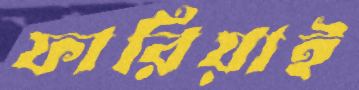
ফারিয়াই